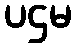
ပဌမ